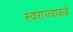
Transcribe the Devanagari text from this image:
स्वराज्याकडे